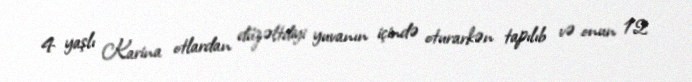
4 yaşlı Karina otlardan düzəltdiyi yuvanın içində oturarkən tapılıb və onun 12